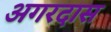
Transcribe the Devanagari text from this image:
अगरदास